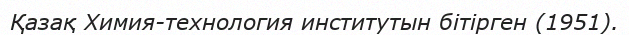
Қазақ Химия-технология институтын бітірген (1951).